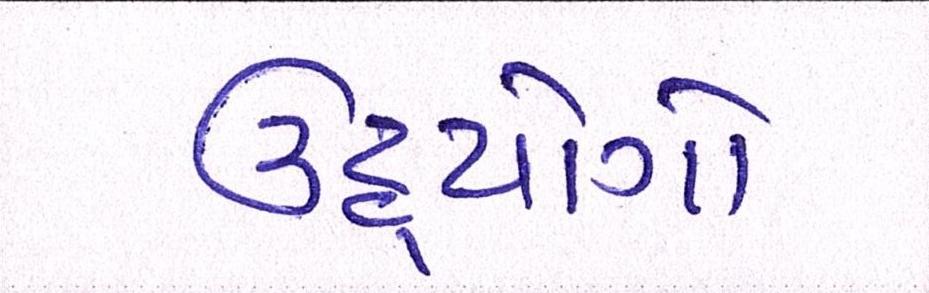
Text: ઉદ્યોગો